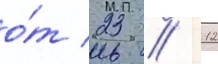
о́т 23 // 12